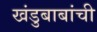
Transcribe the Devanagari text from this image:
खंडुबाबांची